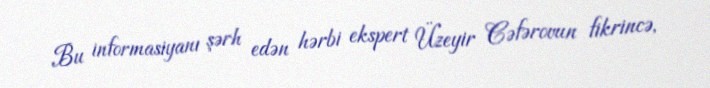
Bu informasiyanı şərh edən hərbi ekspert Üzeyir Cəfərovun fikrincə,